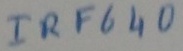
Text: IRF640